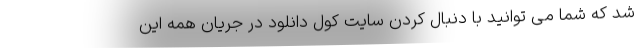
شد که شما می توانید با دنبال کردن سایت کول دانلود در جریان همه این